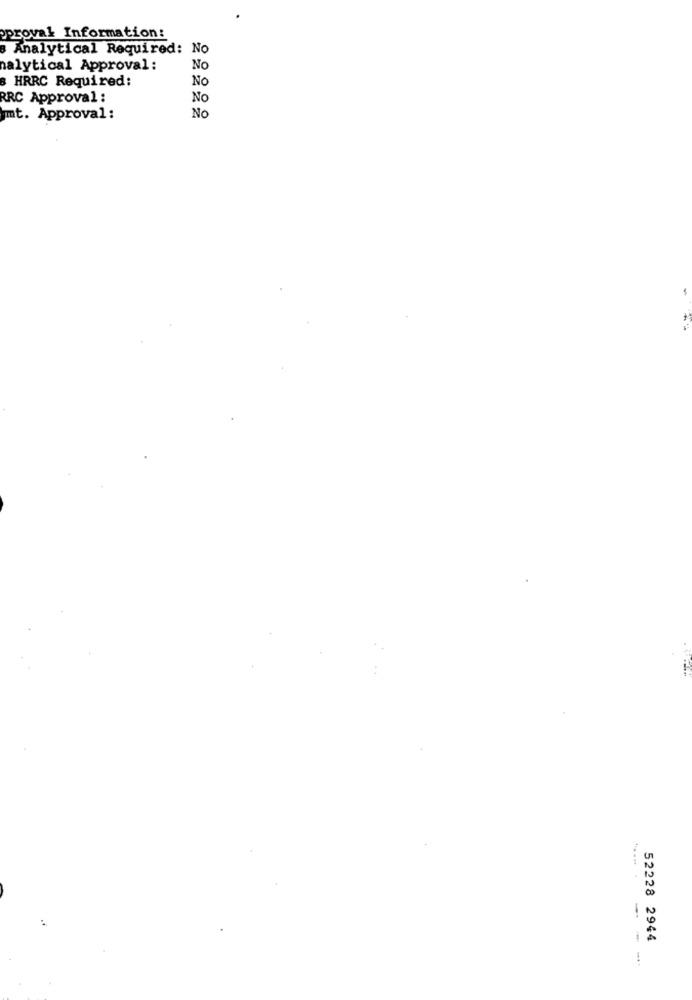
oprovak Information:
8 Analytical Required: No
alytical Approval:
No
8 HRRC Required:
No
RRC Approval :
No
mt. Approval :
No
52228 2944